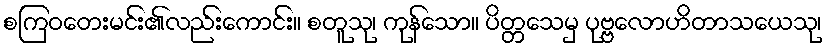
စကြဝတေးမင်း၏လည်းကောင်း။ စတူသု၊ ကုန်သော။ ပိတ္တသေမှ ပုဗ္ဗလောဟိတာသယေသု၊